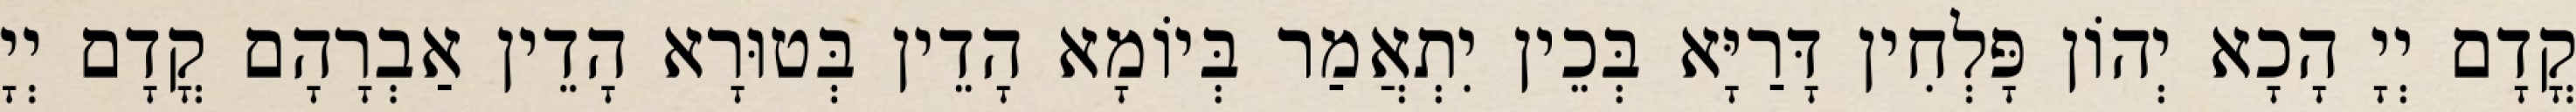
קֳדָם יְיָ הָכָא יְהוֹן פָּלְחִין דָּרַיָּא בְּכֵין יִתְאֲמַר בְּיוֹמָא הָדֵין בְּטוּרָא הָדֵין אַבְרָהָם קֳדָם יְיָ